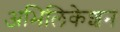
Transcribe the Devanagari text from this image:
अभिलिकेशन